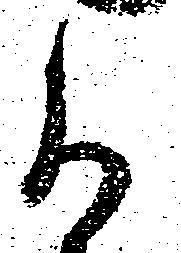
か